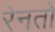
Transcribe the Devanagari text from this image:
रेनतो